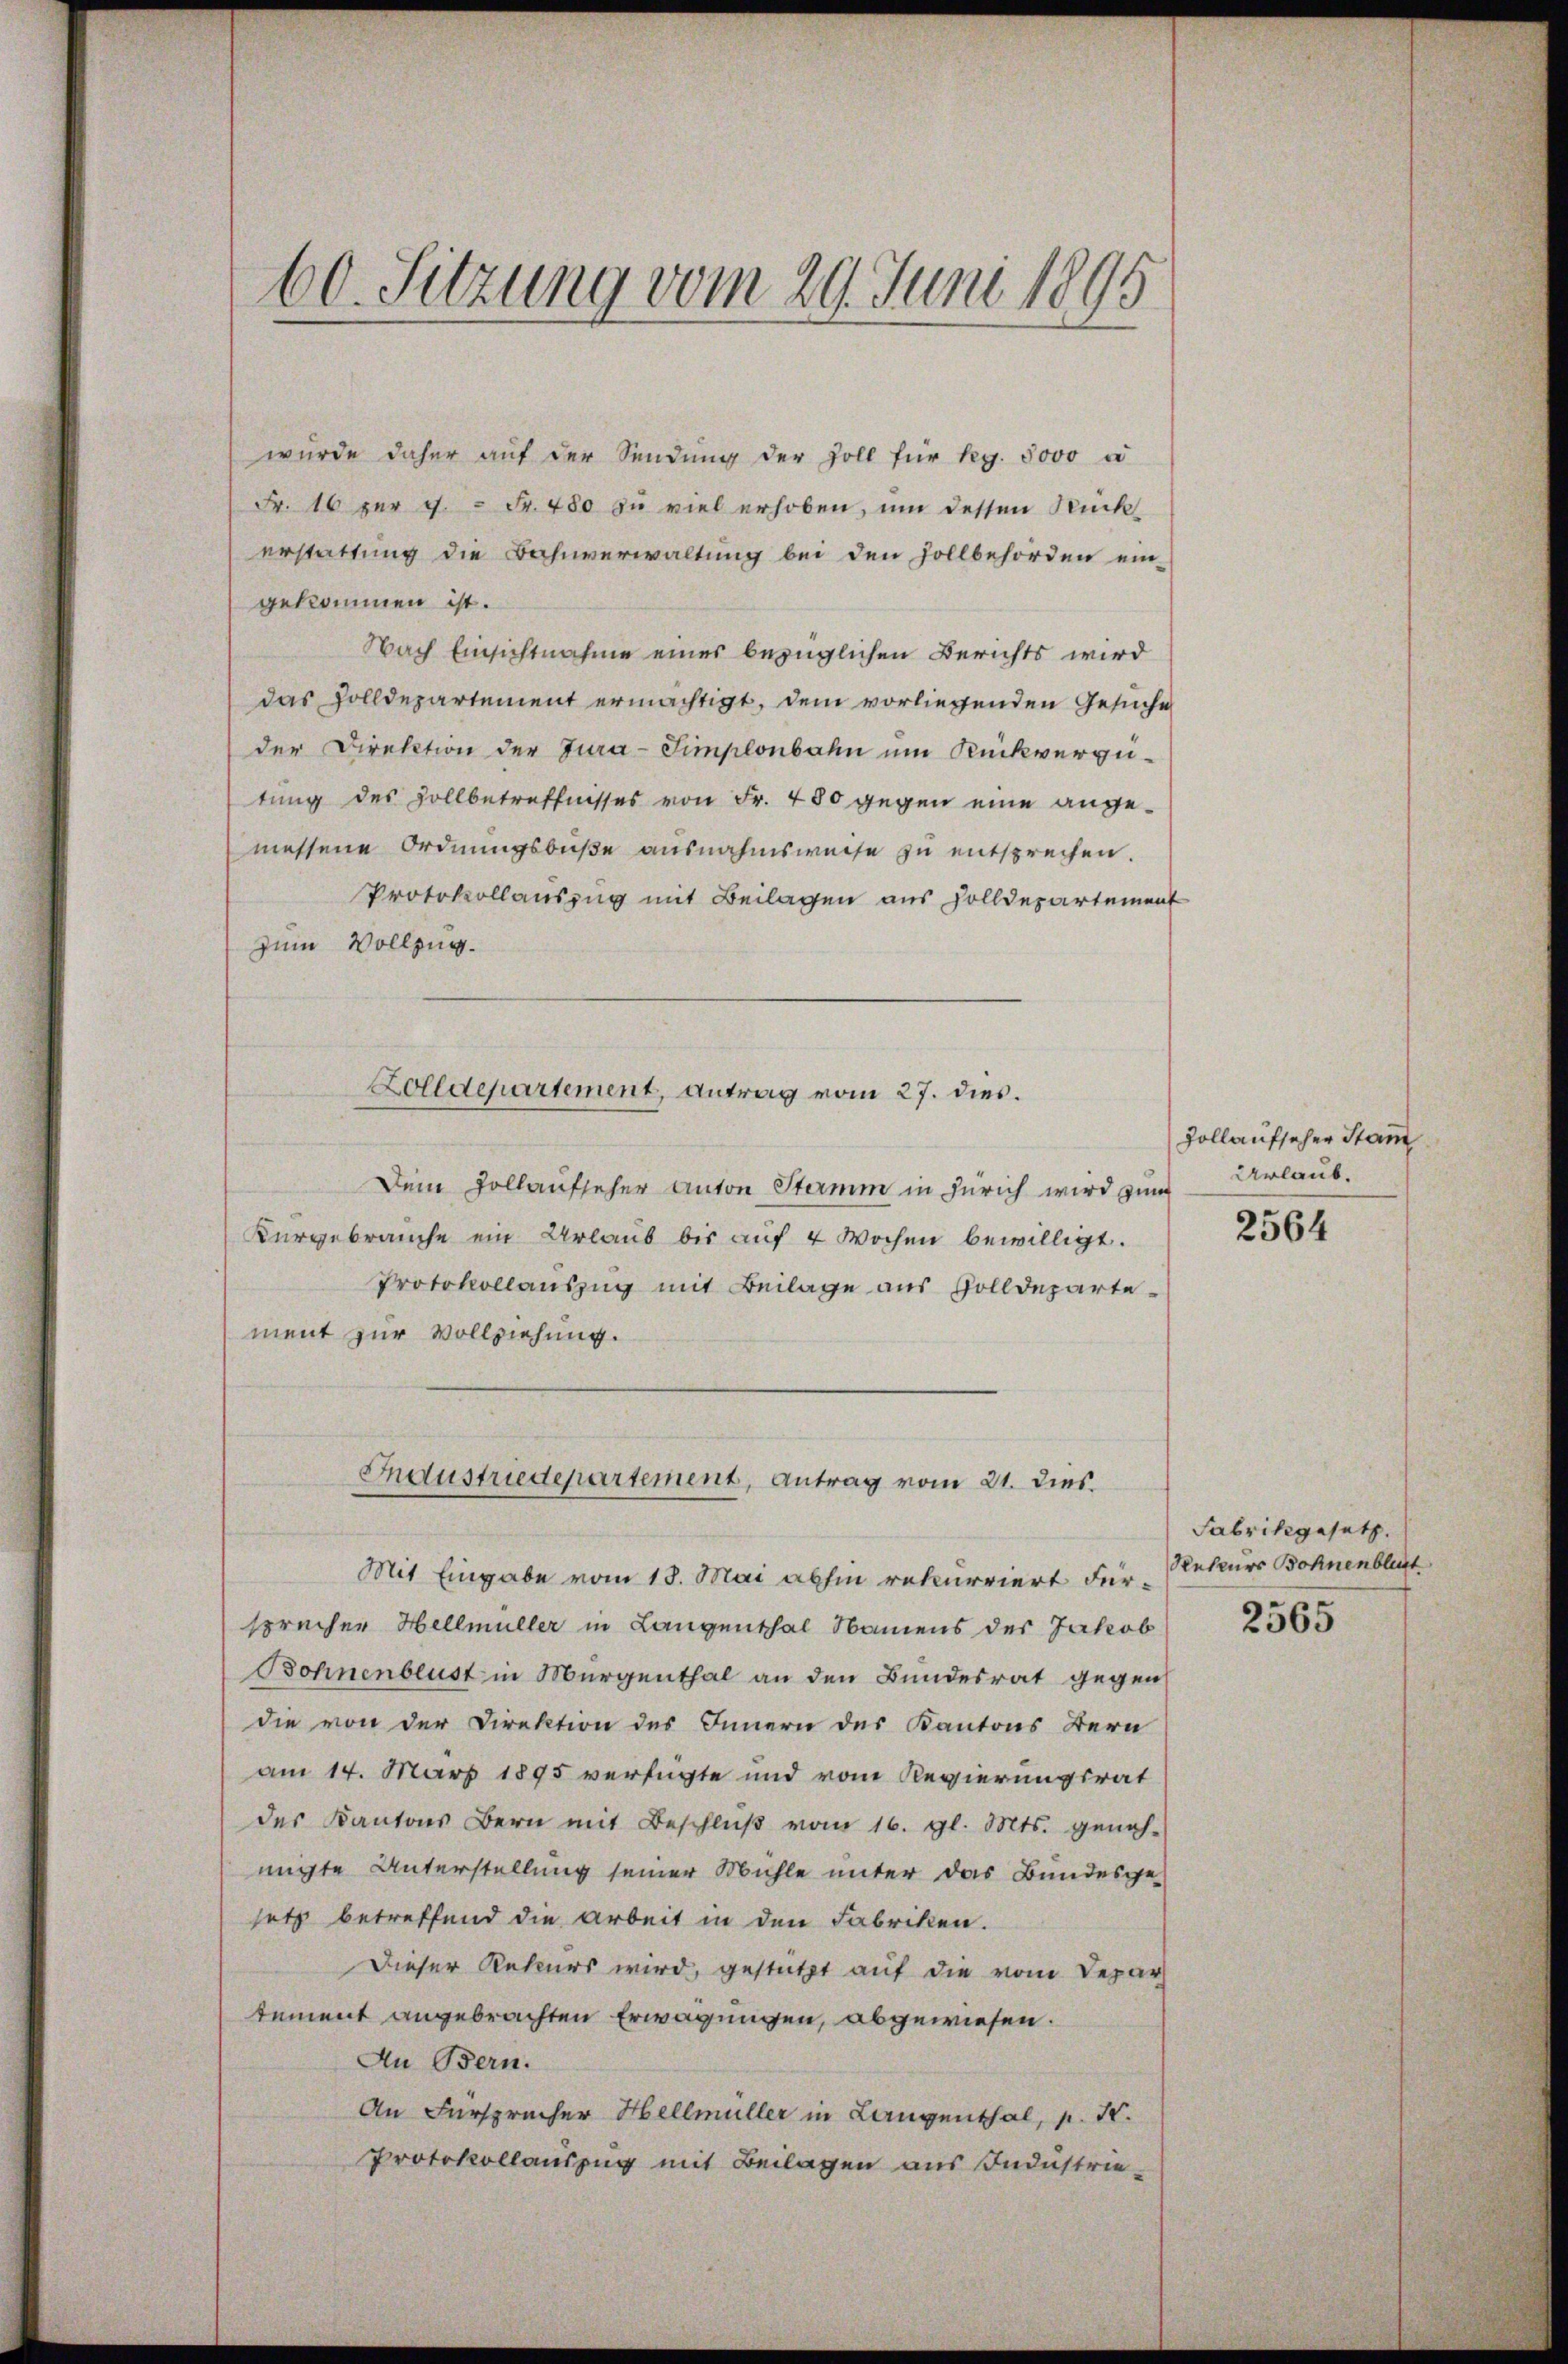
60. Sitzung vom 29. Juni 1895

wurde daher auf der Sendung der Zoll für Reg. 5000 à
Fr. 16 für 7 = Fr. 480 zu viel erhoben, um dessen Rückerstattung die Bahnverwaltung bei den sollbehörden ein-
gekommen ist.
Nach Einsichtnahme eines bezüglichen Berichts wird
das Zolldepartement ermächtigt, dem vorliegenden Gesuche
der Direktion der Tura-Simplonbahn um Rückvergütung des Zollbetreffnisses von Fr. 480 gegen eine angemessene Ordnungsbuße ausnahmsweise zu entsprechen.
Protokollauszug mit Beilagen aus Solldepartement
zum Vollzug.
Dein Vollaufseher Anton Stamm in Zürich wird zum
Kurgebrauche ein Urlaub bis auf 4 Wochen bewilligt.
Protokollauszug mit Beilage aus Zolldepartement zur Vollziehung.
Industriedepartement, Antrag vom 21. dies
Mit Eingabe vom 18. Mai abhin rekurriert Fürsprechen Hellmüller in Langenthal Namens der Jakob
Bohnenblust in Murgenthal an den Bundesrat gegen
die von der Direktion des Innern des Kantons Bern
am 14. März 1895 verfügte und vom Regierungsrat
der Kantons Bern mit Beschlŭβ vom 16. gl. Mts. geneh-
migte Unterstellung seiner Mühle unter das Bundesge-
setz betreffend die Arbeit in den Fabriken.
Dieser Rekurs wird, gestützt auf die vom Depar
tement angebrachten Erwägungen, abgewiesen.
An Bern.
An Fürspracher Hellmüller in Langenthal, p. I.
Protokollauszug mit Beilagen aus Industrie¬

Zolldepartement, antrag vom 27. dies.

Zollaufseher Stam
Urlaub.

2564

Fabrikgesetz
Rehlers Bohnenblut

2565